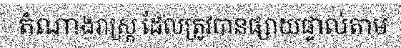
តំណាងរាស្ត្រ ដែលត្រូវបានផ្សាយផ្ទាល់តាម